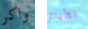
واكر الأيام